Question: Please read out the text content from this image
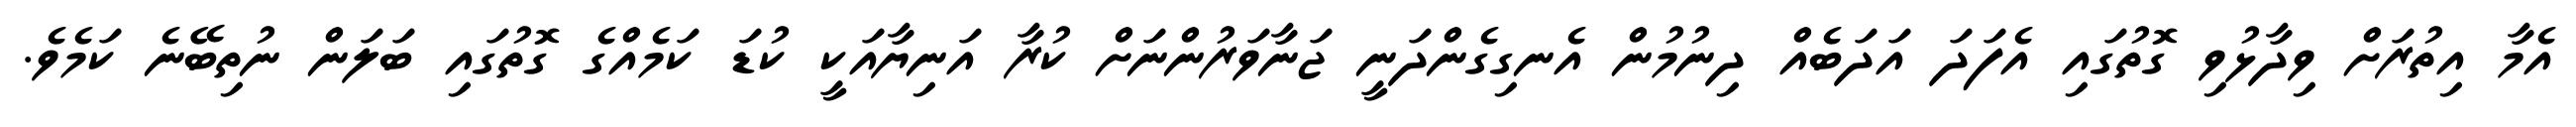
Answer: އެމާ އިތުރަށް ވިދާޅުވި ގޮތުގައި އެފަދަ އަދަބެއް ދިނުމުން އެނގިގެންދަނީ ޖަނާވަރުންނަށް ކުރާ އަނިޔާއަކީ ކުޑަ ކަމެއްގެ ގޮތުގައި ބަލަން ނުތިބޭނެ ކަމެވެ.